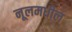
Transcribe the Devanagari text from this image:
नूलमधील